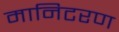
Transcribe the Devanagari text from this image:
मानिटरण